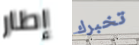
إطار تخبرك